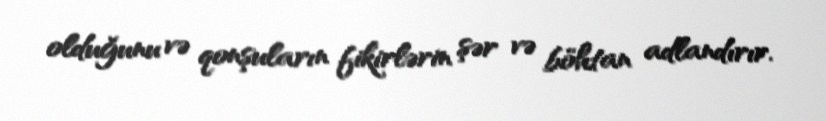
olduğunu və qonşuların fikirlərin şər və böhtan adlandırır.